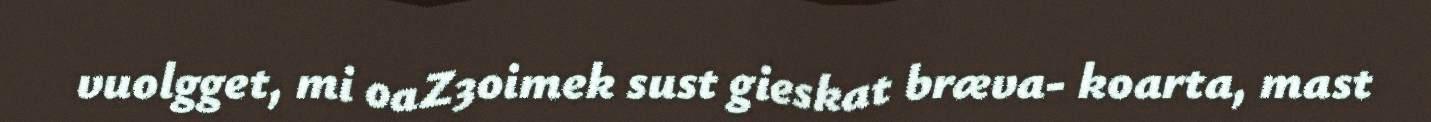
vuolgget, mi oaZ3oimek sust gieskat bræva- koarta, mast